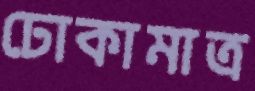
ঢোকামাত্র